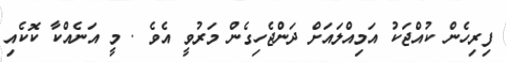
ފިރިހެން ކުއްޖަކު އަމިއްލައަށް ދަންޖެހިގެން މަރުވީ އެވެ . މީ އަނެއްކާ ކޮކެއި